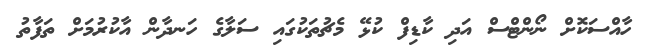
ހާއްސަކޮށް ނޯންޓްސް އަދި ކާޑިފް ކުޅޭ މެޗުތަކުގައި ސަލާގެ ހަނދާން އާކުރުމަށް ތަފާތު